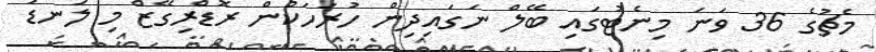
މެޗުގެ 36 ވަނަ މިނެޓުގައި ބޭލް ނަގައިދިން ހުރަހަކުން ރޮޑްރިގޭޒް މި ލަނޑު